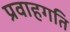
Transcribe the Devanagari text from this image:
प्रवाहगति